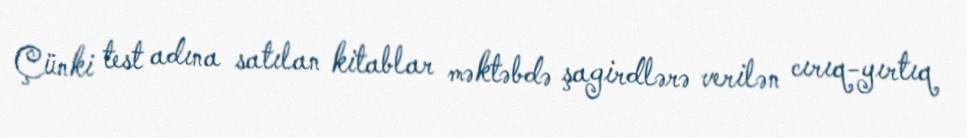
Çünki test adına satılan kitablar məktəbdə şagirdlərə verilən cırıq-yırtıq